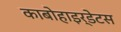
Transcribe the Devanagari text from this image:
काबोहाइर्डेटस